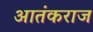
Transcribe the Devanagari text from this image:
आतंकराज